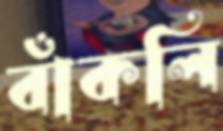
বাঁকলি